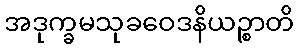
အဒုက္ခမသုခဝေဒနိယဉ္စာတိ